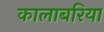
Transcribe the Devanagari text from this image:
कालाबरिया